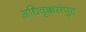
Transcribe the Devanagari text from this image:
अधिवृक्कसंपुट